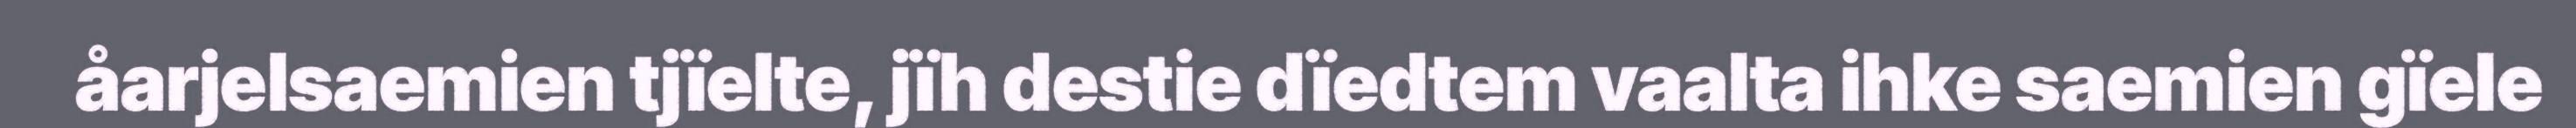
åarjelsaemien tjïelte, jïh destie dïedtem vaalta ihke saemien gïele